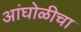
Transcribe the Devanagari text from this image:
आंघोळीचा